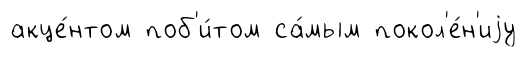
акце́нтом поб'и́том са́мым покол'е́н'иjу